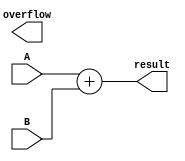
module fixed_point_adder(
    input [7:0] A,
    input [7:0] B,
    output [7:0] result,
    output overflow
);

wire cin;
wire [7:0] sum;
wire cout;

assign {cin, sum} = A + B;

assign result = sum;
assign overflow = cout;

endmodule